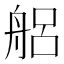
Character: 𮎎